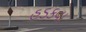
હડકવા